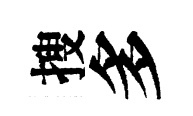
搜多